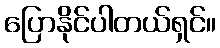
ပြောနိုင်ပါတယ်ရှင်။